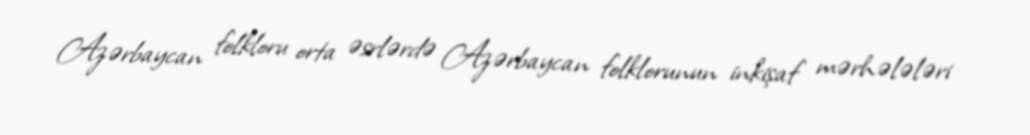
Azərbaycan folkloru orta əsrlərdə Azərbaycan folklorunun inkişaf mərhələləri